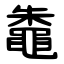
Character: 鼄